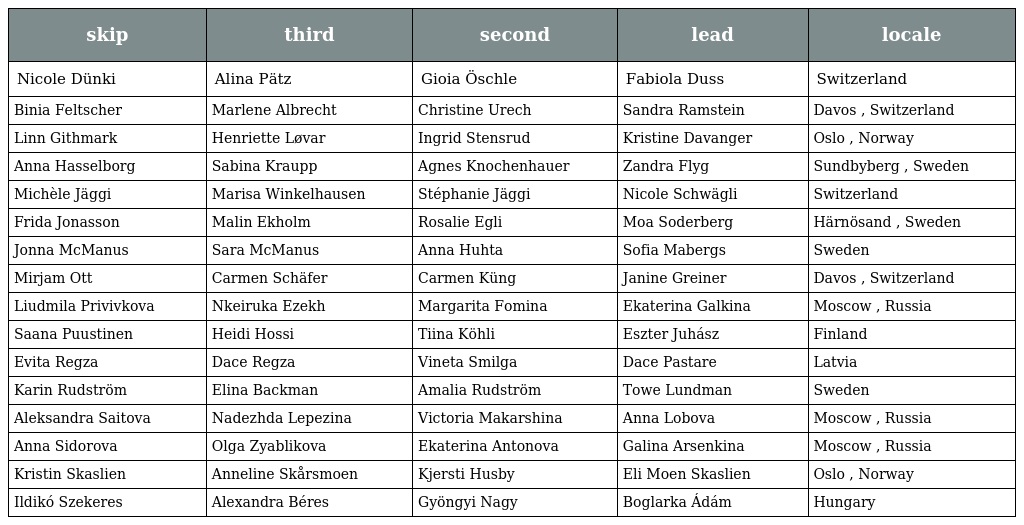
| skip | third | second | lead | locale |
 | --- | --- | --- | --- | --- |
 | Nicole Dünki | Alina Pätz | Gioia Öschle | Fabiola Duss | Switzerland |
 | Binia Feltscher | Marlene Albrecht | Christine Urech | Sandra Ramstein | Davos , Switzerland |
 | Linn Githmark | Henriette Løvar | Ingrid Stensrud | Kristine Davanger | Oslo , Norway |
 | Anna Hasselborg | Sabina Kraupp | Agnes Knochenhauer | Zandra Flyg | Sundbyberg , Sweden |
 | Michèle Jäggi | Marisa Winkelhausen | Stéphanie Jäggi | Nicole Schwägli | Switzerland |
 | Frida Jonasson | Malin Ekholm | Rosalie Egli | Moa Soderberg | Härnösand , Sweden |
 | Jonna McManus | Sara McManus | Anna Huhta | Sofia Mabergs | Sweden |
 | Mirjam Ott | Carmen Schäfer | Carmen Küng | Janine Greiner | Davos , Switzerland |
 | Liudmila Privivkova | Nkeiruka Ezekh | Margarita Fomina | Ekaterina Galkina | Moscow , Russia |
 | Saana Puustinen | Heidi Hossi | Tiina Köhli | Eszter Juhász | Finland |
 | Evita Regza | Dace Regza | Vineta Smilga | Dace Pastare | Latvia |
 | Karin Rudström | Elina Backman | Amalia Rudström | Towe Lundman | Sweden |
 | Aleksandra Saitova | Nadezhda Lepezina | Victoria Makarshina | Anna Lobova | Moscow , Russia |
 | Anna Sidorova | Olga Zyablikova | Ekaterina Antonova | Galina Arsenkina | Moscow , Russia |
 | Kristin Skaslien | Anneline Skårsmoen | Kjersti Husby | Eli Moen Skaslien | Oslo , Norway |
 | Ildikó Szekeres | Alexandra Béres | Gyöngyi Nagy | Boglarka Ádám | Hungary |